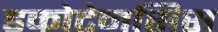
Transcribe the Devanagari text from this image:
डकोटेनसिस